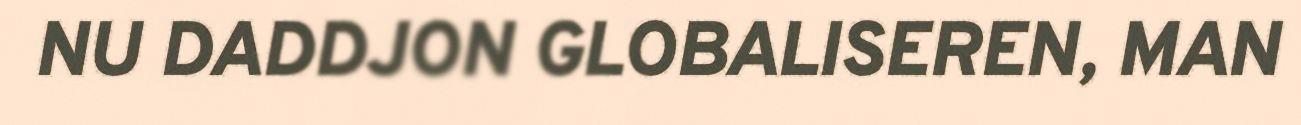
NU DADDJON GLOBALISEREN, MAN